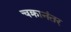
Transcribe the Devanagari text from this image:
चक्रानंतर